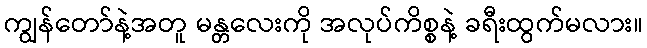
ကျွန်တော်နဲ့အတူ မန္တလေးကို အလုပ်ကိစ္စနဲ့ ခရီးထွက်မလား။